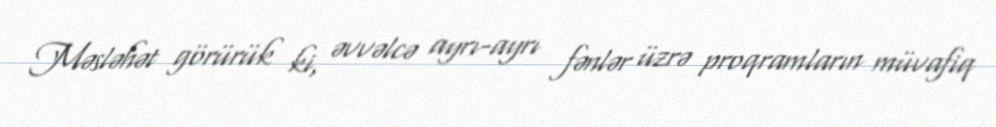
Məsləhət görürük ki, əvvəlcə ayrı-ayrı fənlər üzrə proqramların müvafiq